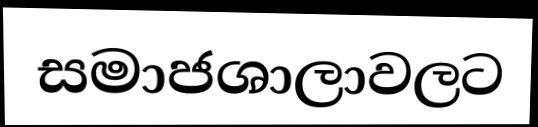
සමාජශාලාවලට